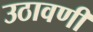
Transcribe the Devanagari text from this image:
उठावणी